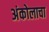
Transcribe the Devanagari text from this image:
अंकोलाचा